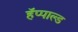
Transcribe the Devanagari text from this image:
हॅप्पाल्ड